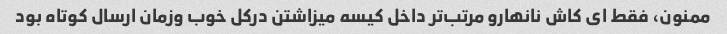
ممنون، فقط ای کاش نانهارو مرتب‌تر داخل کیسه میزاشتن درکل خوب وزمان ارسال کوتاه بود